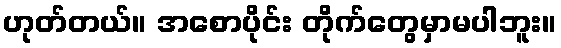
ဟုတ်တယ်။ အစောပိုင်း တိုက်တွေမှာမပါဘူး။